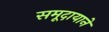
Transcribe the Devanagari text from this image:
समूदायाने